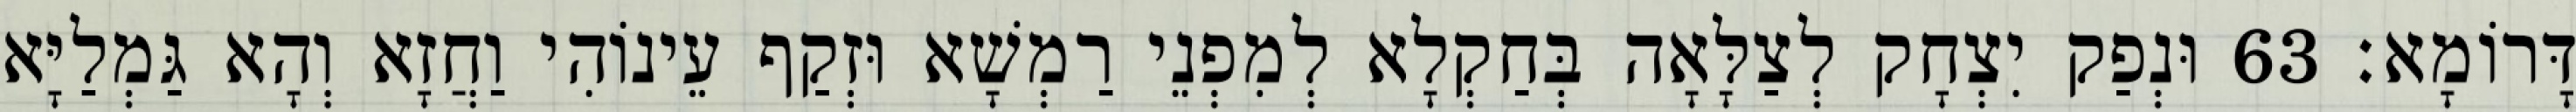
דָּרוֹמָא׃ 63 וּנְפַק יִצְחָק לְצַלָּאָה בְּחַקְלָא לְמִפְנֵי רַמְשָׁא וּזְקַף עֵינוֹהִי וַחֲזָא וְהָא גַּמְלַיָּא